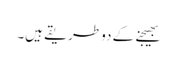
بھیجنے کے دو طریقے ہیں۔